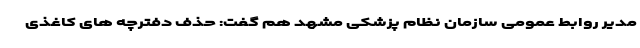
مدیر روابط عمومی سازمان نظام پزشکی مشهد هم گفت: حذف دفترچه های کاغذی